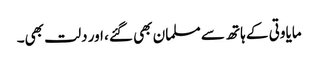
مایاوتی کے ہاتھ سے مسلمان بھی گئے، اور دلت بھی۔